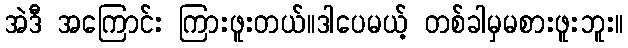
အဲဒီ အကြောင်း ကြားဖူးတယ်။ဒါပေမယ့် တစ်ခါမှမစားဖူးဘူး။